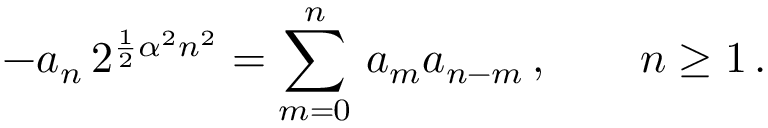
- a _ { n } \, 2 ^ { { \frac { 1 } { 2 } } \alpha ^ { 2 } n ^ { 2 } } = \sum _ { m = 0 } ^ { n } \, a _ { m } a _ { n - m } \, , \qquad n \geq 1 \, .